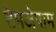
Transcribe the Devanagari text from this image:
टेमजेपाम